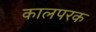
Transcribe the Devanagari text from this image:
कालपरक